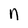
Character: n